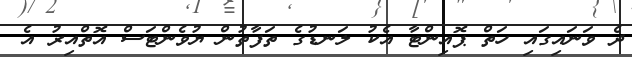
ދެ ވަނައިގައި ހަތް ޕޮއިންޓާ އެކު ލަނޑުގެ ތަފާތުން ޔުވެންޓަސް އޮތްއިރު އެ